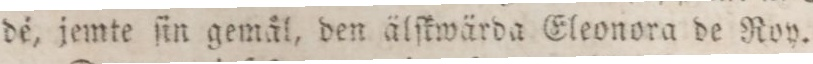
dé, jemte ſin gemål, den älſkwärda Eleonora de Roy.